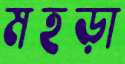
মহড়া